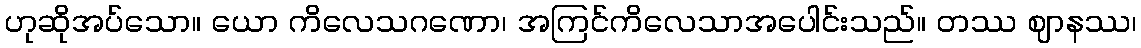
ဟုဆိုအပ်သော။ ယော ကိလေသဂဏော၊ အကြင်ကိလေသာအပေါင်းသည်။ တဿ ဈာနဿ၊